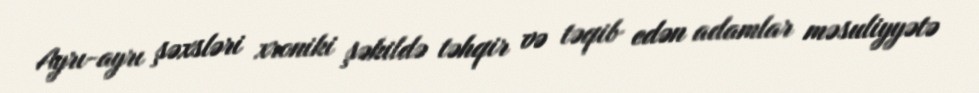
Ayrı-ayrı şəxsləri xroniki şəkildə təhqir və təqib edən adamlar məsuliyyətə